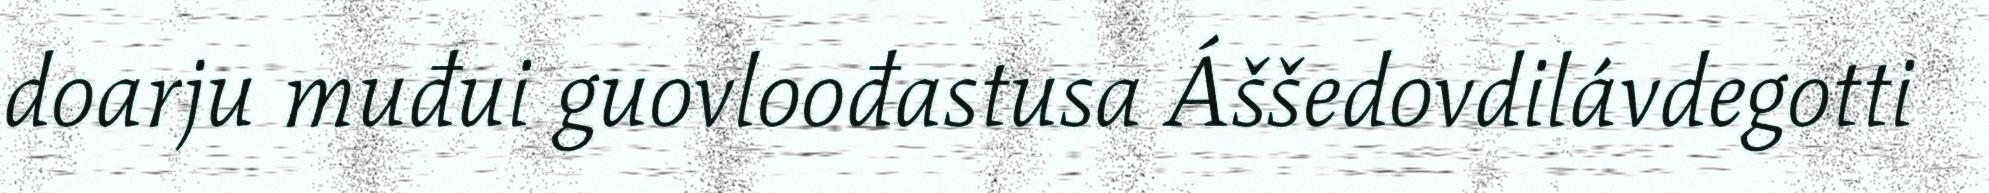
doarju muđui guovloođastusa Áššedovdilávdegotti